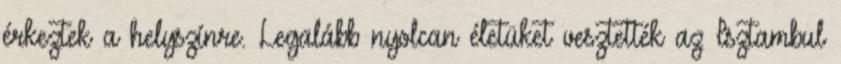
érkeztek a helyszínre. Legalább nyolcan életüket vesztették az Isztambul